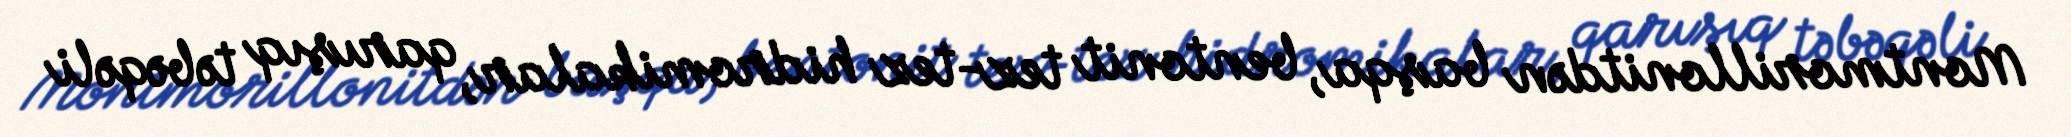
Montmorillonitdən başqa, bentonit tez-tez hidromikalar, qarışıq təbəqəli